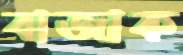
বাজাক